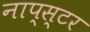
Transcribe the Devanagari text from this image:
नाप्स्टर